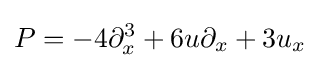
P=-4\partial _{x}^{3}+6u\partial _{x}+3u_{x}